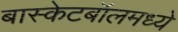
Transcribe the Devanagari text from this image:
बास्केटबॉलमध्ये